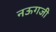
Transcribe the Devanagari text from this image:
नऊगजी